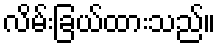
လိမ်းခြယ်ထားသည်။